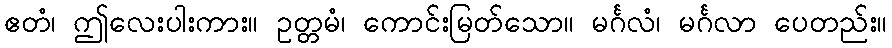
ဧတံ၊ ဤလေးပါးကား။ ဥတ္တမံ၊ ကောင်းမြတ်သော။ မင်္ဂလံ၊ မင်္ဂလာ ပေတည်း။